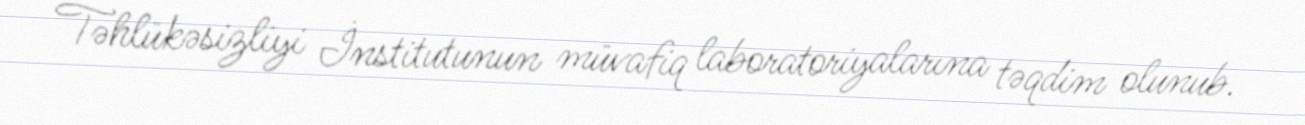
Təhlükəsizliyi İnstitutunun müvafiq laboratoriyalarına təqdim olunub.